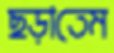
ছড়াতেম